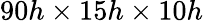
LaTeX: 90h\times 15h\times 10h